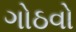
ગોઠવો